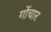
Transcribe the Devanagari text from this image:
गोंचार